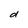
Character: d